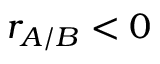
r _ { A / B } < 0